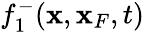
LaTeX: f_{1}^{-}({\mathbf x},{\mathbf x}_{F},t)